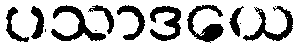
ပသာဒယေ